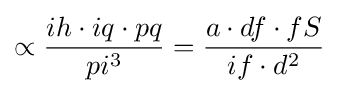
\propto {\frac {ih\cdot iq\cdot pq}{pi^{3}}}={\frac {a\cdot df\cdot fS}{if\cdot d^{2}}}